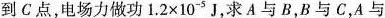
到C点，电场力做功$$1.2 × 10 ^{ - 5 }$$J，求A与B，B与C，A与